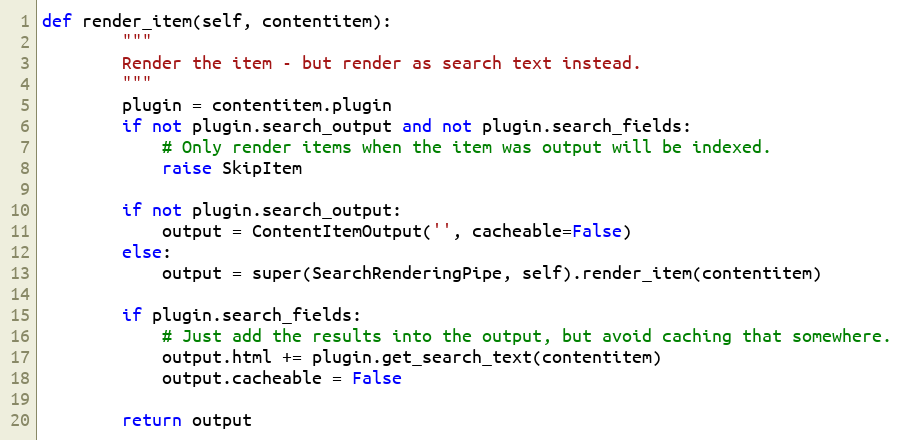
Language: Python
def render_item(self, contentitem):
        """
        Render the item - but render as search text instead.
        """
        plugin = contentitem.plugin
        if not plugin.search_output and not plugin.search_fields:
            # Only render items when the item was output will be indexed.
            raise SkipItem

        if not plugin.search_output:
            output = ContentItemOutput('', cacheable=False)
        else:
            output = super(SearchRenderingPipe, self).render_item(contentitem)

        if plugin.search_fields:
            # Just add the results into the output, but avoid caching that somewhere.
            output.html += plugin.get_search_text(contentitem)
            output.cacheable = False

        return output